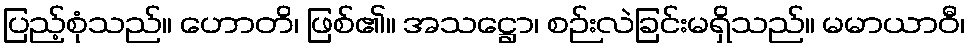
ပြည့်စုံသည်။ ဟောတိ၊ ဖြစ်၏။ အသဋ္ဌော၊ စဉ်းလဲခြင်းမရှိသည်။ မမာယာဝီ၊